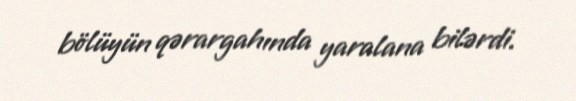
bölüyün qərargahında yaralana bilərdi.